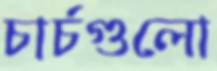
চার্চগুলো